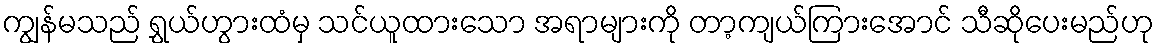
ကျွန်မသည် ရွှယ်ဟွားထံမှ သင်ယူထားသော အရာများကို တာ့ကျယ်ကြားအောင် သီဆိုပေးမည်ဟု